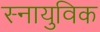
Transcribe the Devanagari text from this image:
स्नायुविक